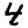
Digit: 4